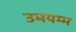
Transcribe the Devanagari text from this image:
उमयम्म